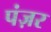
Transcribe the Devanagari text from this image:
पंज़र